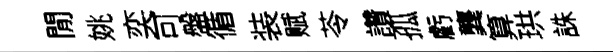
閒姚奕可盤循装赋苓讚孤虧龔算珙誅